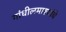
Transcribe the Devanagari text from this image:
गांधीलमाश्यांचे